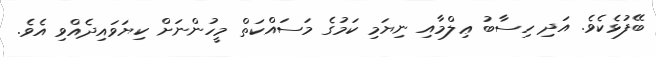
ބޭފުޅެކެވެ. އަދި ހިސާބު ޢިލްމާއި ނިޔަމި ކަމުގެ މަސައްކަތް މީހުންނަށް ކިޔަވައިދެއްވި އެވެ.